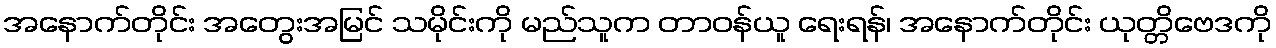
အနောက်တိုင်း အတွေးအမြင် သမိုင်းကို မည်သူက တာဝန်ယူ ရေးရန်၊ အနောက်တိုင်း ယုတ္တိဗေဒကို